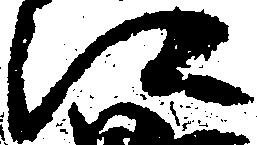
江